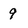
Character: 9